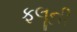
ફલૂની